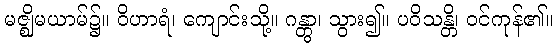
မဇ္ဈိမယာမ်၌။ ဝိဟာရံ၊ ကျောင်းသို့။ ဂန္တွာ၊ သွား၍။ ပဝိသန္တိ၊ ဝင်ကုန်၏။